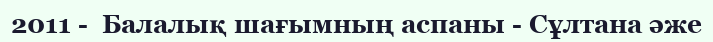
2011 -  Балалық шағымның аспаны - Сұлтана әже